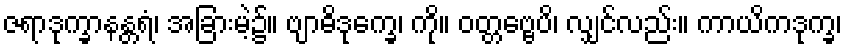
ဇရာဒုက္ခာနန္တရံ၊ အခြားမဲ့၌။ ဗျာဓိဒုက္ခေ၊ ကို။ ဝတ္တဗ္ဗေပိ၊ လျှင်လည်း။ ကာယိကဒုက္ခ၊